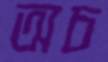
অচ